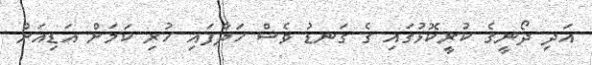
އަދި ދޯނީގެ ކުރީކޮޅުގައި ގެ ގަނޑު ވެސް ހަދާފައި ހުރި ކަމަށް އަޑިއަށް